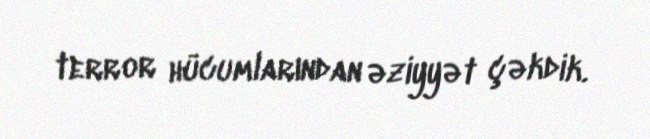
terror hücumlarından əziyyət çəkdik.